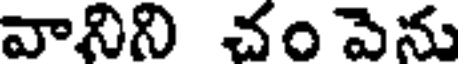
వానిని చం పెను